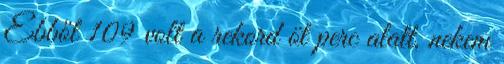
Ebből 109 volt a rekord öt perc alatt, nekem